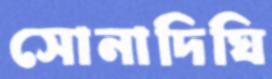
সোনাদিঘি